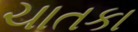
ચાતકા